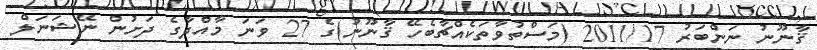
ޤާނޫނު ނަންބަރު 2011/17 (މަސްތުވާތަކެއްޗާބެހޭ ޤާނޫނު)ގެ 27 ވަނަ މާއްދާގެ ދަށުން ނޭޝަނަލް